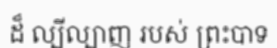
ដ៏ ល្បីល្បាញ របស់ ព្រះបាទ